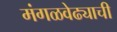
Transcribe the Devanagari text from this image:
मंगळवेढ्याची